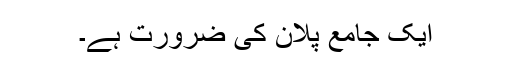
ایک جامع پلان کی ضرورت ہے۔